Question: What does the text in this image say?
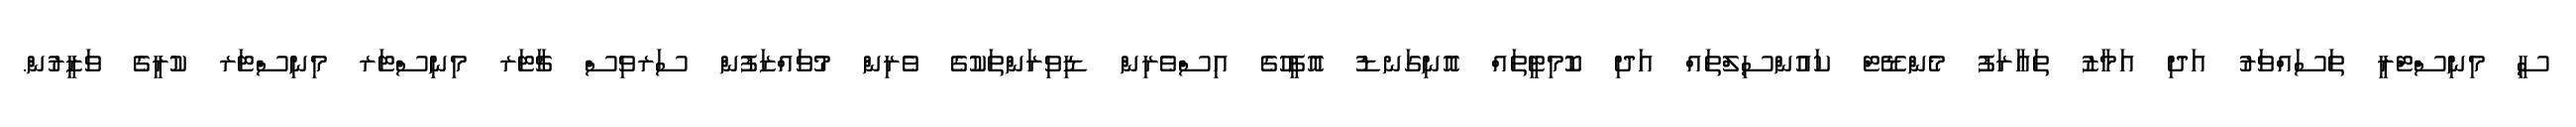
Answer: ސީ މިނިސްޓްރީ ތަސައްވަރު އަދި އަމާޒު ތަޢާރަފު މެންޑޭޓް ކައުންސިލްތައް އަދި ކޮމިޓީތައް އޮނިގަނޑު އޮފީހުގެ އިސްވެރިން ޑިވިޜަންތަކުގެ ވެރިން މުވައްޒަފުން ސަރވިސް ޗާޓަރ މިނިސްޓަރ މިނިސްޓަރ ކުރީގެ ވަޒީރުން.